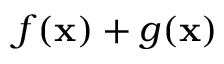
f ( \mathbf { x } ) + g ( \mathbf { x } )